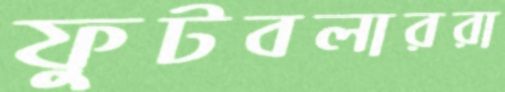
ফুটবলাররা